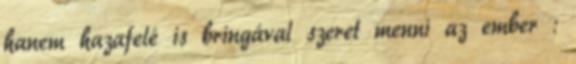
hanem hazafelé is bringával szeret menni az ember :